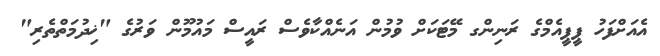
އެއަށްފަހު ޕީޕީއެމްގެ ރަނިންގ މޭޓަކަށް ވުމުން އަނެއްކާވެސް ރައީސް މައުމޫން ވަރުގެ "ޚިދުމަތްތެރި"